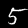
Label: 5